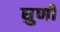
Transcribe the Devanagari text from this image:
घुर्णी